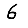
Digit: 6